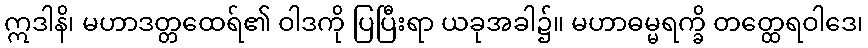
ဣဒါနိ၊ မဟာဒတ္တထေရ်၏ ဝါဒကို ပြပြီးရာ ယခုအခါ၌။ မဟာဓမ္မရက္ခိ တတ္ထေရဝါဒေ၊